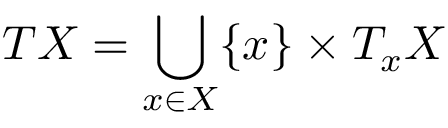
T X = \bigcup _ { x \in X } \{ x \} \times T _ { x } X